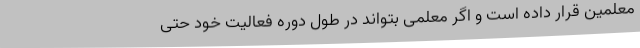
معلمین قرار داده است و اگر معلمی بتواند در طول دوره فعالیت خود حتی